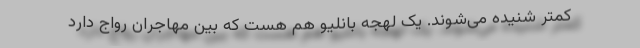
کمتر شنیده می‌شوند. یک لهجه بانلیو هم هست که بین مهاجران رواج دارد